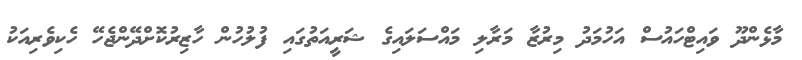
މާޅެންދޫ ވައިޓްހައުސް އަހުމަދު މިރުޒާ މަރާލި މައްސަލައިގެ ޝަރީއަތުގައި ފުލުހުން ހާޒިރުކޮށްދޭންޖެހޭ ހެކިވެރިއަކު